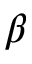
\beta